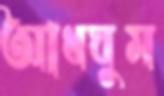
আধঘুম